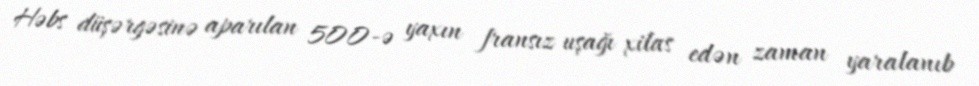
Həbs düşərgəsinə aparılan 500-ə yaxın fransız uşağı xilas edən zaman yaralanıb